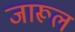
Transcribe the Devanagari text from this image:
जारूल